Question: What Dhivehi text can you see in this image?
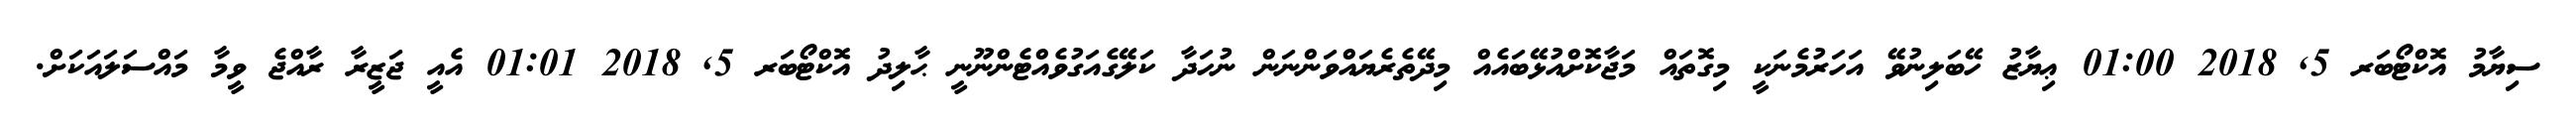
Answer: ސިޔާމު އޮކްޓޯބަރ 5, 2018 01:00 ޢިޔާޒު ހޭބަލިނުވޭ އަހަރުމެނަކީ މިގޮތައް މަޖާކޮށްއުޅޭބައެއް މިދޭތެރެޔައްވަންނަން ނުހަދާ ކަލޭގެއަގުވެއްޓެންނޫނީ ޙާލިދު އޮކްޓޯބަރ 5, 2018 01:01 އެއީ ޖަޒީރާ ރާއްޖެ ވީމާ މައްސަލައަކަށް.